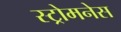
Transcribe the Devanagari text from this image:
स्ट्रोमनेस